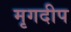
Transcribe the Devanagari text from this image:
मृगदीप